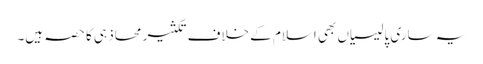
یہ ساری پالیسیاں بھی اسلام کے خلاف تکثیرِ محاذ ہی کا حصہ ہیں۔